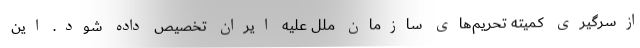
ازسرگیری کمیته تحریم‌های سازمان ملل علیه ایران تخصیص داده شود. این